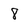
Character: 8